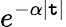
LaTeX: e^{-\alpha|\mathtt{t}|}